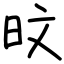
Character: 旼